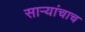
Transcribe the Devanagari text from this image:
साऱ्यांचाच